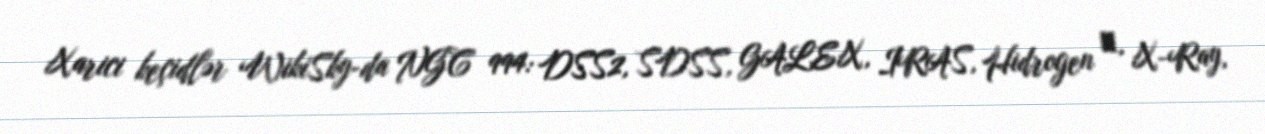
Xarici keçidlər WikiSky-da NGC 994: DSS2, SDSS, GALEX, IRAS, Hidrogen α, X-Ray,